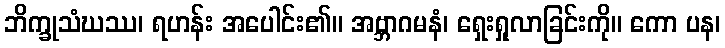
ဘိက္ခုသံဃဿ၊ ရဟန်း အပေါင်း၏။ အဗ္ဘာဂမနံ၊ ရှေးရှုလာခြင်းကို။ ကော ပန၊